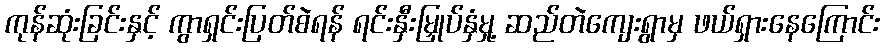
ကုန်ဆုံးခြင်းနှင့် ကွာရှင်းပြတ်စဲရန် ရင်းနှီးမြှုပ်နှံမှု့ ဆည်တဲကျေးရွာမှ ဖယ်ရှားနေကြောင်း